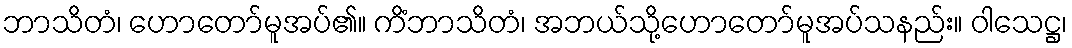
ဘာသိတံ၊ ဟောတော်မူအပ်၏။ ကိံဘာသိတံ၊ အဘယ်သို့ဟောတော်မူအပ်သနည်း။ ဝါသေဋ္ဌ၊